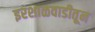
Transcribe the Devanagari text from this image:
इरशाळवाडीतून